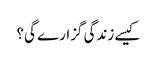
کیسے زندگی گزارے گی؟